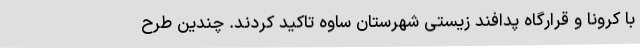
با کرونا و قرارگاه پدافند زیستی شهرستان ساوه تاکید کردند. چندین طرح